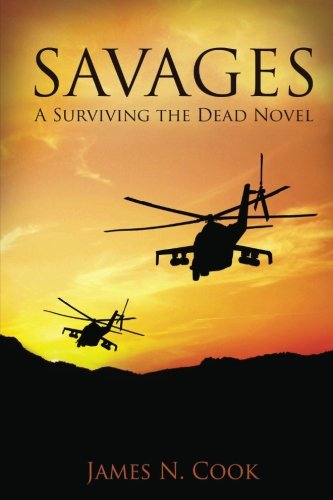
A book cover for Savages: Surviving the Dead Volume 6; James N Cook; Literature & Fiction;